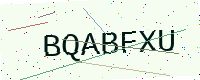
Text: BQABFXU